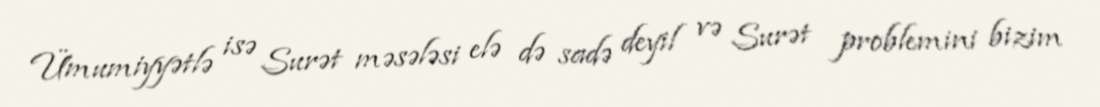
Ümumiyyətlə isə Surət məsələsi elə də sadə deyil və Surət problemini bizim